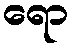
ရော